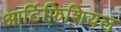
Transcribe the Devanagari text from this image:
आर्टिफ़िशियल